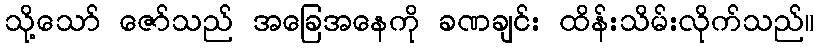
သို့သော် ဇော်သည် အခြေအနေကို ခဏချင်း ထိန်းသိမ်းလိုက်သည်။